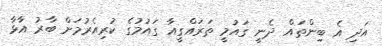
އަދި އެ ބިންތައް ދެނީ ގައުމީ ތަރައްގީއާ ގައުމުގެ ކުރިއެރުމަށް ބާރު އާޅާ